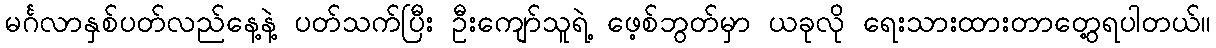
မင်္ဂလာနှစ်ပတ်လည်နေ့နဲ့ ပတ်သက်ပြီး ဦးကျော်သူရဲ့ ဖေ့စ်ဘွတ်မှာ ယခုလို ရေးသားထားတာတွေ့ရပါတယ်။